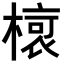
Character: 𣘨